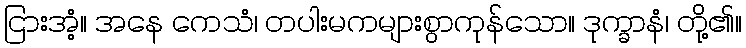
ငြားအံ့။ အနေ ကေသံ၊ တပါးမကများစွာကုန်သော။ ဒုက္ခာနံ၊ တို့၏။